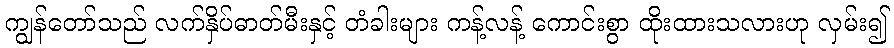
ကျွန်တော်သည် လက်နှိပ်ဓာတ်မီးနှင့် တံခါးများ ကန့်လန့် ကောင်းစွာ ထိုးထားသလားဟု လှမ်း၍